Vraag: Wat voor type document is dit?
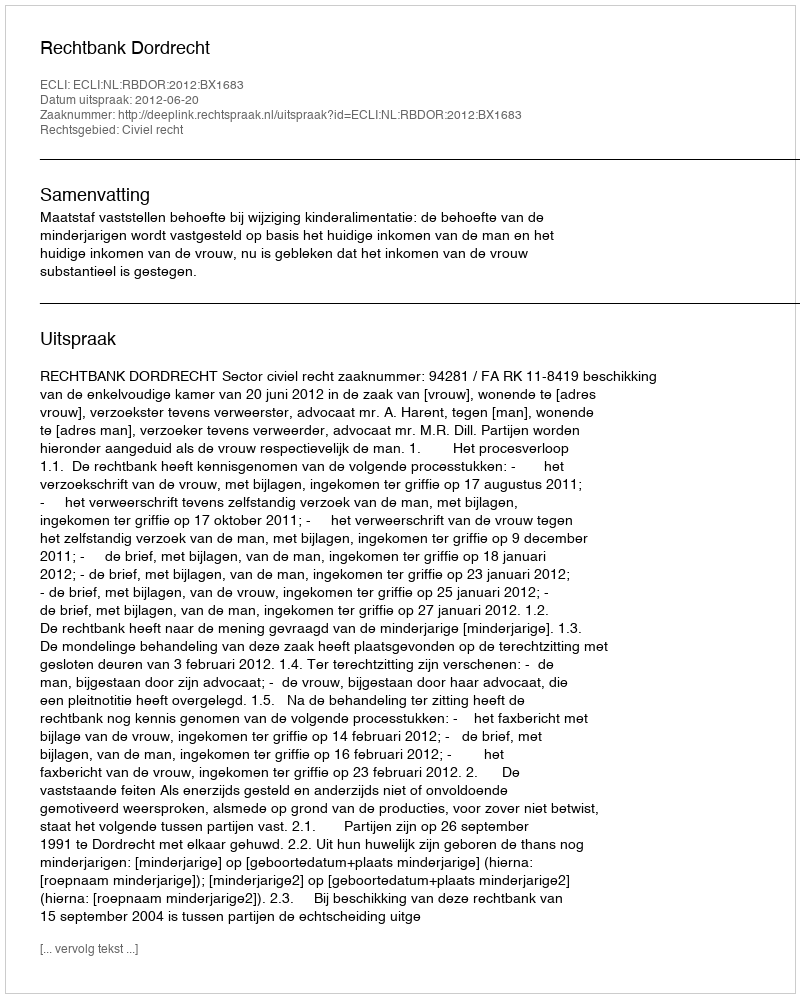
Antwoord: Uitspraak